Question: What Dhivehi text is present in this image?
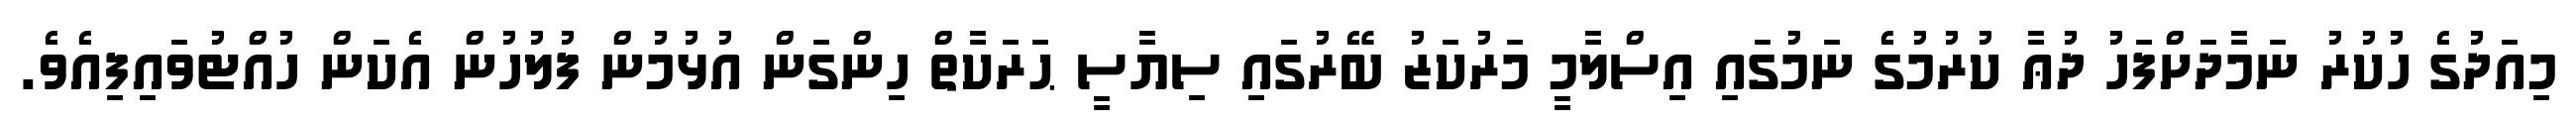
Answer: މިއަދުގެ ހުކުރު ނަމާދަށްފަހު ދުޢާ ކުރުމުގެ ނަމުގައި އިސްލާމީ މަރުކަޒު ބޭރުގައި ސިޔާސީ ޙަރަކާތް ހިންގަން އުޅުމުން ފުލުހުން އެކަން ހުއްޓުވައިފިއެވެ.